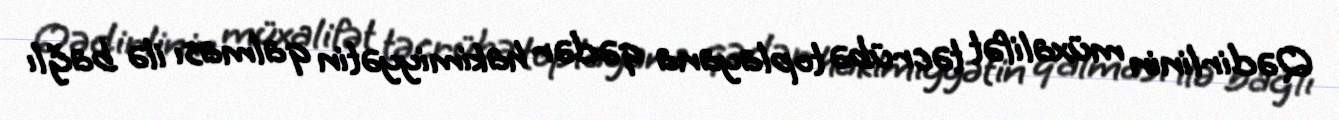
Qədirlinin müxalifət təcrübə toplayana qədər hakimiyyətin qalması ilə bağlı